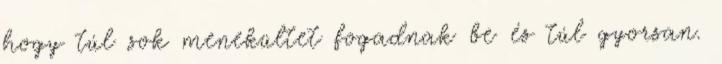
hogy túl sok menekültet fogadnak be és túl gyorsan.